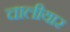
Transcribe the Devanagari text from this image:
चालीयार